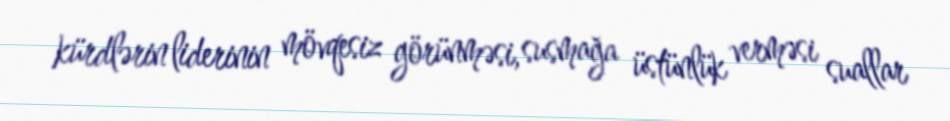
kürdlərin liderinin mövqesiz görünməsi, susmağa üstünlük verməsi suallar